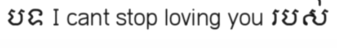
បទ I cant stop loving you របស់